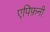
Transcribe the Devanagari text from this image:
एपिफ़नी